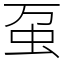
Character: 虿